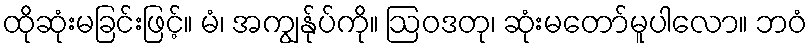
ထိုဆုံးမခြင်းဖြင့်။ မံ၊ အကျွန်ုပ်ကို။ ဩဝဒတု၊ ဆုံးမတော်မူပါလော။ ဘဝံ